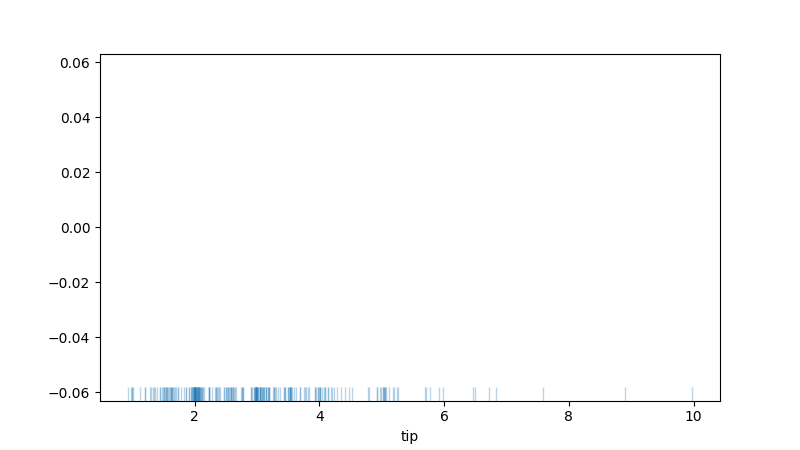
python, seaborn, rugplot, height=0.04, axis='x', alpha=0.3